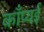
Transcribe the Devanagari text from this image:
काँप्यई